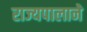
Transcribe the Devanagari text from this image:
राज्यपालाने